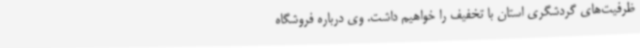
ظرفیت‌های گردشگری استان با تخفیف را خواهیم داشت. وی درباره فروشگاه